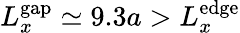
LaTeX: L_{x}^{\mathrm{gap}}\simeq 9.3a>L_{x}^{\mathrm{edge}}